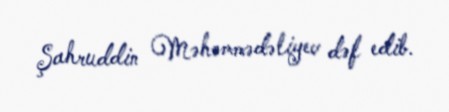
Şahruddin Məhəmmədəliyev dəf edib.